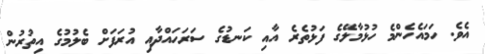
އެވެ. ހަމައެހެންމެ ހުޅުމާލޭގެ ފަޅުތެރެ އާއި ކަނޑުގެ ސަރަހައްދާއި އުރަފަށް ބެލުމުގެ އިތުރުން